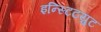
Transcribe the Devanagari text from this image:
इन्स्टिटय़ुट